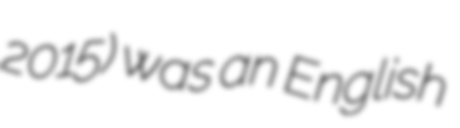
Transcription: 2015) was an English